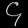
Digit: ၄